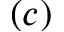
( c )